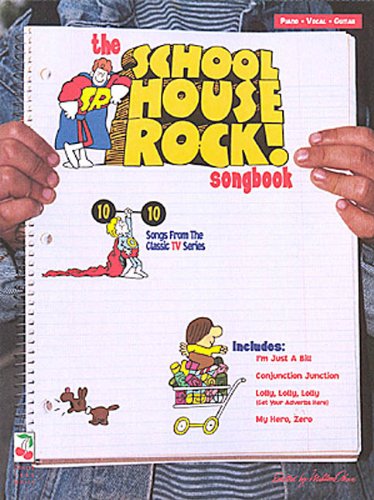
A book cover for The School House Rock Songbook; Humor & Entertainment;